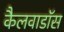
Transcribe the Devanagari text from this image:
कैलवाडॉस